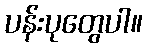
ပန်းပုတွေပါ။